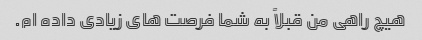
هیچ راهی من قبلاً به شما فرصت های زیادی داده ام.